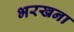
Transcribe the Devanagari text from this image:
भरखना